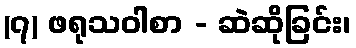
(၇) ဖရုသဝါစာ - ဆဲဆိုခြင်း၊